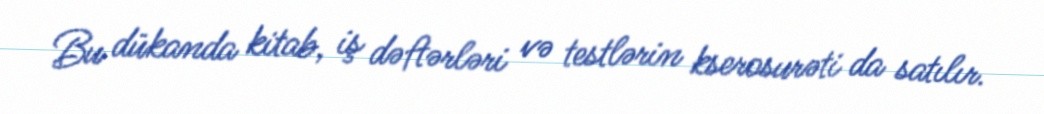
Bu dükanda kitab, iş dəftərləri və testlərin kserosurəti da satılır.